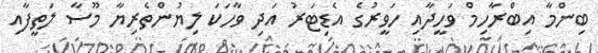
ބިންމާ އިބްރާހިމް ވަހީދާއި ހަވީރުގެ އެޑިޓަރު އަދި ވާހަކަ ލިޔުންތެރިޔާ މޫސާ ލަތީފާއި